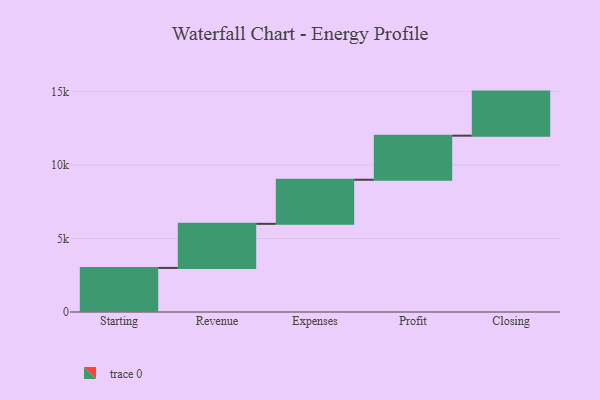
{"axis": {"x": "Step", "y": "Value"}, "legend": [""], "data": [{"x": "Starting", "y": 3000, "type": ""}, {"x": "Revenue", "y": 3000, "type": ""}, {"x": "Expenses", "y": 3000, "type": ""}, {"x": "Profit", "y": 3000, "type": ""}, {"x": "Closing", "y": 3000, "type": ""}]}